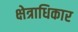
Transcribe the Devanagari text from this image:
क्ष्‍ोत्राधिकार